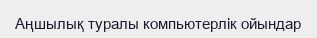
Аңшылық туралы компьютерлік ойындар